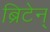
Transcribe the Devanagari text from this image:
ब्रिटेन्